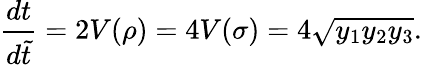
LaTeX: \frac{dt}{d\widetilde{t}}=2V(\rho)=4V(\sigma)=4\sqrt{y_{1}y_{2}y_{3}}.